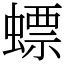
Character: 螵